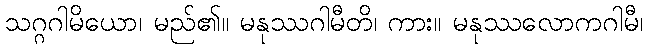
သဂ္ဂဂါမိယော၊ မည်၏။ မနုဿဂါမီတိ၊ ကား။ မနုဿလောကဂါမီ၊